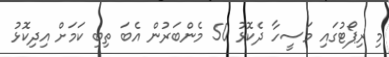
މި ރިޕޯޓުގައި މަސީހާ ދެކޮޅު 50 މެންބަރުން އެބަ ތިބި ކަމަށް އިދިކޮޅު